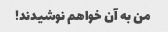
من به آن خواهم نوشیدند!